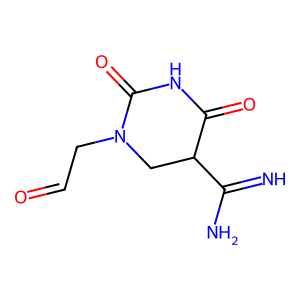
SMILES: N=C(N)C1CN(CC=O)C(=O)NC1=O
Inhibits HIV replication: No